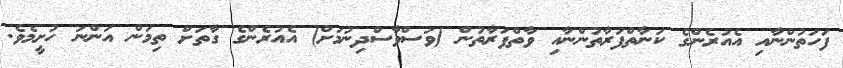
ފަހަތުންނާއި އެއުރެންގެ ކަނާތްފަރާތުންނާއި ވާތްފަރާތުން (ވަސްވާސްދިނުމަށް) އެއުރެންގެ ގާތަށް ތިމަން އަންނަ ހުށީމެވެ.